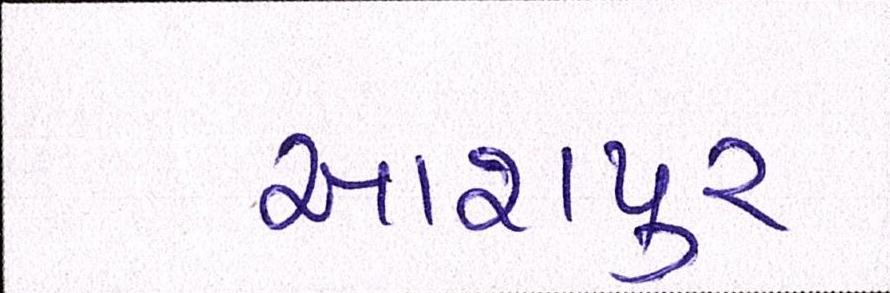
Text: આશપુર